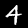
Label: 4